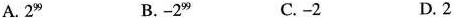
A.2^{99} B.-2^{99} C.-2 D.2